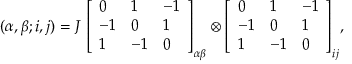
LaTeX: ( \alpha , \beta ; i , j ) = J ~ { \left[ \begin{array} { l l l } { 0 } & { 1 } & { - 1 } \\ { - 1 } & { 0 } & { 1 } \\ { 1 } & { - 1 } & { 0 } \end{array} \right] } _ { \alpha \beta } \otimes { \left[ \begin{array} { l l l } { 0 } & { 1 } & { - 1 } \\ { - 1 } & { 0 } & { 1 } \\ { 1 } & { - 1 } & { 0 } \end{array} \right] } _ { i j } ,